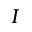
I